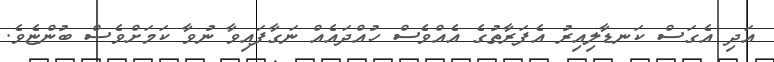
އަދި އެގަސް ކަނޑާލިއިރު އެފަރާތުގެ އެއްވެސް ހުއްދައެއް ނަގާފައިވާ ނުވާ ކަމަށްވެސް ބުންޏެވެ.